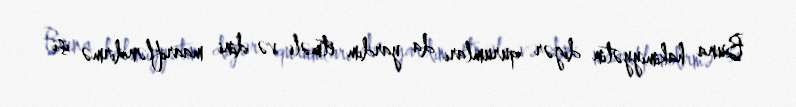
Buna hakimiyyətin digər qurumları da yardım etməli və dini maarifləndirmə işi